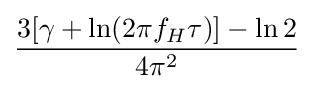
{\frac {3[\gamma +\ln(2\pi f_{H}\tau )]-\ln 2}{4\pi ^{2}}}